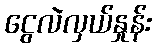
ငွေလဲလှယ်နှုန်း